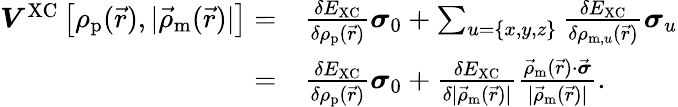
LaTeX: \begin{array}{rl}{\boldsymbol{V}^{\textrm{XC}}\left[\rho_{\textrm{p}}(\vec{r}),|\vec{\rho}_{\textrm{m}}(\vec{r})|\right]=}&{\frac{\delta E_{\mathrm{XC}}}{\delta\rho_{\textrm{p}}(\vec{r})}\boldsymbol{\sigma}_{0}+\sum_{u=\{ x,y,z\} }\frac{\delta E_{\mathrm{XC}}}{\delta\rho_{\textrm{m},u}(\vec{r})}\boldsymbol{\sigma}_{u}}\\ {=}&{\frac{\delta E_{\mathrm{XC}}}{\delta\rho_{\textrm{p}}(\vec{r})}\boldsymbol{\sigma}_{0}+\frac{\delta E_{\mathrm{XC}}}{\delta|\vec{\rho}_{\textrm{m}}(\vec{r})|}\frac{\vec{\rho}_{\textrm{m}}(\vec{r})\cdot\vec{\boldsymbol{\sigma}}}{|\vec{\rho}_{\textrm{m}}(\vec{r})|}.}\end{array}